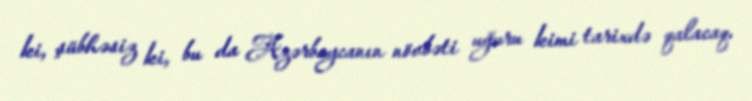
ki, şübhəsiz ki, bu da Azərbaycanın növbəti uğuru kimi tarixdə qalacaq.